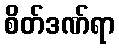
စိတ်ဒဏ်ရာ